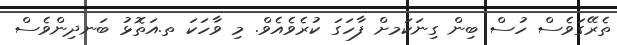
ތެރޭގަވެސް ހުސް ބިން ގިނަކަމށް ފާހަގަ ކުރެވެއެވް. މި ވާހަކަ ތ.އަތޮޅު ބަނދިންވެސް